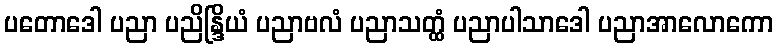
ပတောဒေါ ပညာ ပညိန္ဒြိယံ ပညာဗလံ ပညာသတ္ထံ ပညာပါသာဒေါ ပညာအာလောကော